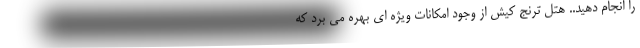
را انجام دهید.. هتل ترنج کیش از وجود امکانات ویژه ای بهره می برد که